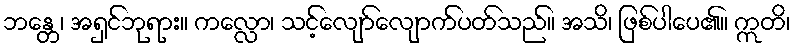
ဘန္တေ၊ အရှင်ဘုရား။ ကလ္လော၊ သင့်လျော်လျောက်ပတ်သည်။ အသိ၊ ဖြစ်ပါပေ၏။ ဣတိ၊